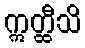
ဣတ္ထီသိ